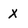
Character: X